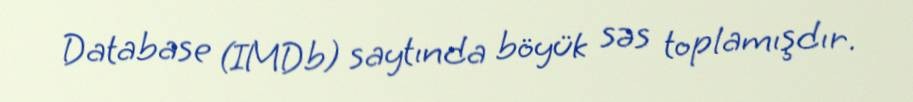
Database (IMDb) saytında böyük səs toplamışdır.